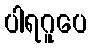
ပါရဂူပေ